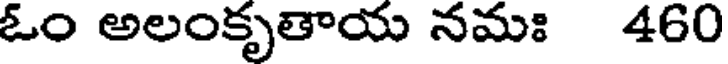
ఓం అలంకృతాయ నమః 460